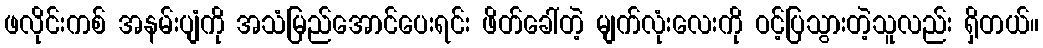
ဖလိုင်းကစ် အနမ်းပျံကို အသံမြည်အောင်ပေးရင်း ဖိတ်ခေါ်တဲ့ မျက်လုံးလေးကို ဝင့်ပြသွားတဲ့သူလည်း ရှိတယ်။